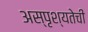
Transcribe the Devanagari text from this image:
अस्पृश्‍यतेची